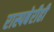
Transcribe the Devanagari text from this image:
रास्पबेरीही